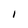
Character: I